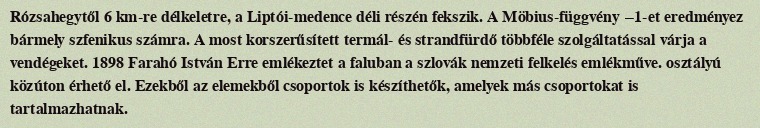
Rózsahegytől 6 km-re délkeletre, a Liptói-medence déli részén fekszik. A Möbius-függvény −1-et eredményez bármely szfenikus számra. A most korszerűsített termál- és strandfürdő többféle szolgáltatással várja a vendégeket. 1898 Farahó István Erre emlékeztet a faluban a szlovák nemzeti felkelés emlékműve. osztályú közúton érhető el. Ezekből az elemekből csoportok is készíthetők, amelyek más csoportokat is tartalmazhatnak.